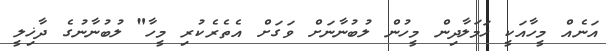
އަނެއް މީހާއަކީ ހަމަލާދިން މީހުން ލުބުނާނަށް ވަގަށް އެތެރެކުރި މީހާ" ލުބުނާނުގެ ދާޚިލީ